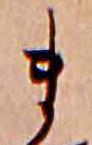
ま